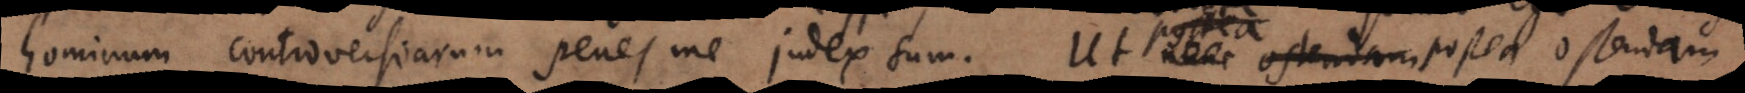
hominum controversiarum penes me judex sum. Ut postea ostendam